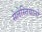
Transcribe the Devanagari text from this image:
सेलेस्तियानो